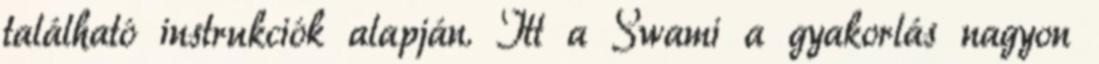
található instrukciók alapján. Itt a Swami a gyakorlás nagyon